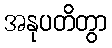
အနုပတိတွာ